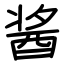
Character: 酱